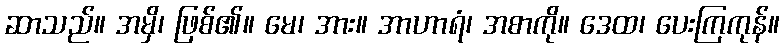
ဆာသည်။ အမှိ၊ ဖြစ်၏။ မေ၊ အား။ အာဟာရံ၊ အစာကို။ ဒေထ၊ ပေးကြကုန်။